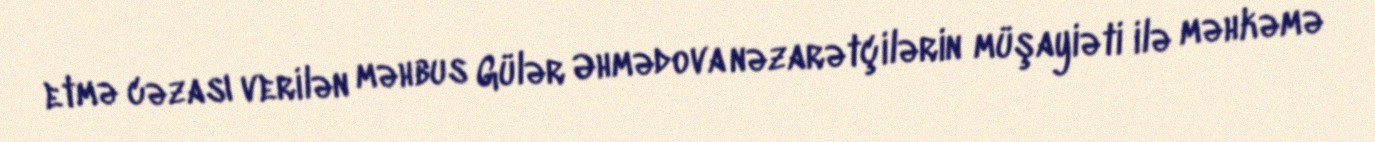
etmə cəzası verilən məhbus Gülər Əhmədova nəzarətçilərin müşayiəti ilə məhkəmə